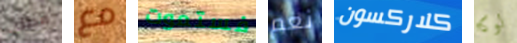
مطلب مع فستموت نعم كلاركسون لوكا